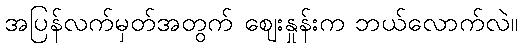
အပြန်လက်မှတ်အတွက် ဈေးနှုန်းက ဘယ်လောက်လဲ။